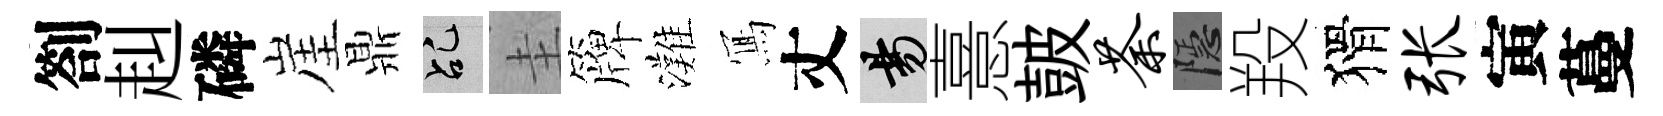
劄赳磷崖鼎乩圭簰灘𭂁丈昜憙皷荼隱羖猾张寅蔓